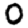
Digit: 0